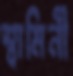
স্বামিনী